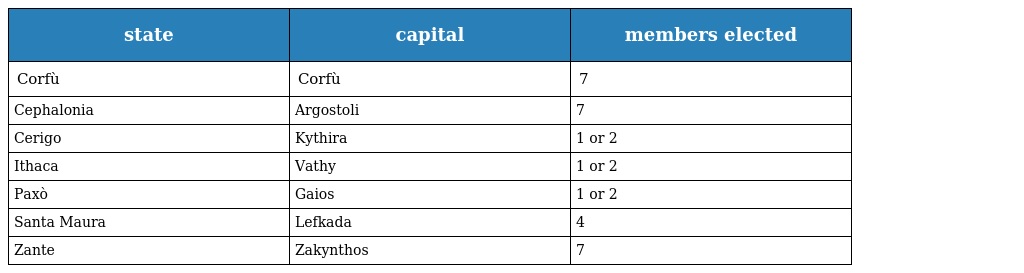
| state | capital | members elected |
 | --- | --- | --- |
 | Corfù | Corfù | 7 |
 | Cephalonia | Argostoli | 7 |
 | Cerigo | Kythira | 1 or 2 |
 | Ithaca | Vathy | 1 or 2 |
 | Paxò | Gaios | 1 or 2 |
 | Santa Maura | Lefkada | 4 |
 | Zante | Zakynthos | 7 |